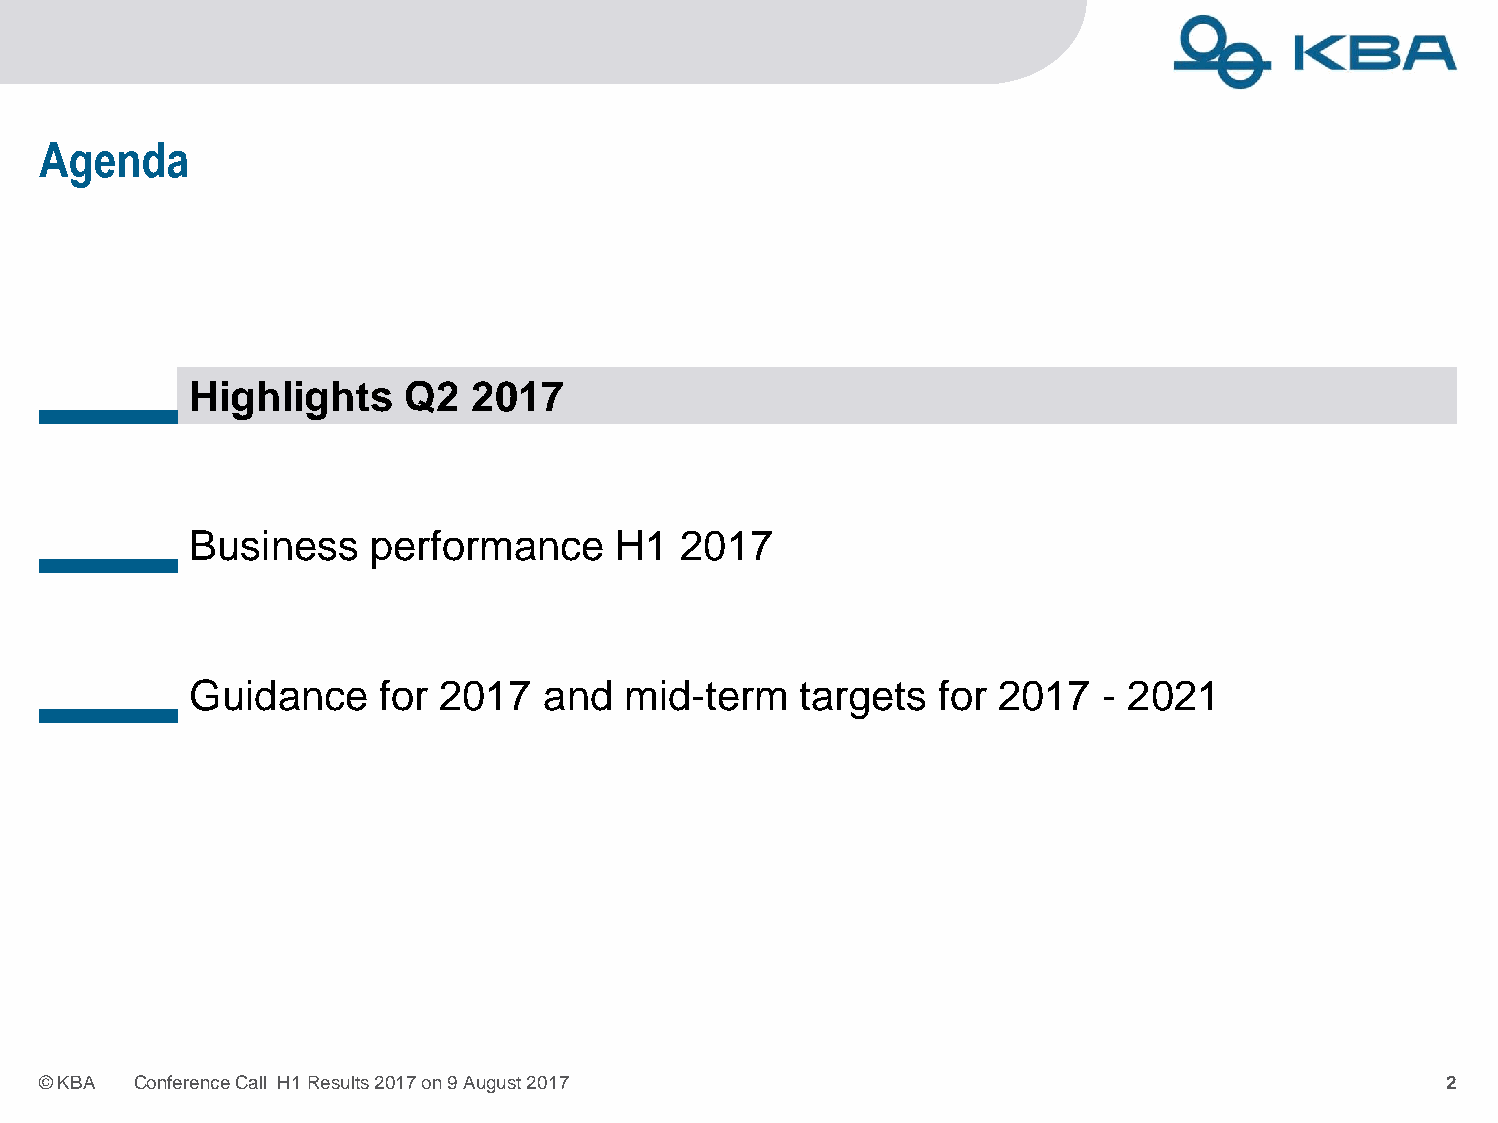
Agenda
 Highlights    Q2   2017
 Business    performance     H1   2017
 Guidance     for 2017  and   mid-term   targets   for 2017  - 2021
 ©KBA  ConferenceCall H1Results2017on9August2017                                              2